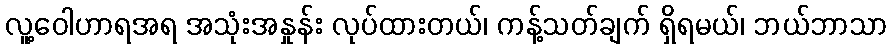
လူ့ဝေါဟာရအရ အသုံးအနှုန်း လုပ်ထားတယ်၊ ကန့်သတ်ချက် ရှိရမယ်၊ ဘယ်ဘာသာ